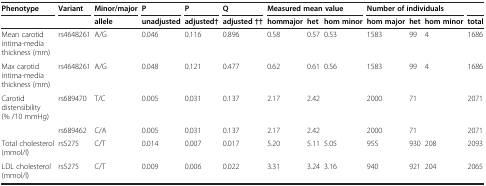
| Phenotype | Variant | Minor/major | P | P | Q | <COLSPAN=3> Measured mean value | <COLSPAN=3> Number of individuals |  |
 |  |  | allele | unadjusted | adjusted† | adjusted †† | hommajor | het | hom minor | hom major | het | hom minor | total |
 | --- | --- | --- | --- | --- | --- | --- | --- | --- | --- | --- | --- | --- |
 | Mean carotid intima-media thickness (mm) | rs4648261 | A/G | 0.046 | 0.116 | 0.896 | 0.58 | 0.57 | 0.53 | 1583 | 99 | 4 | 1686 |
 | Max carotid intima-media thickness (mm) | rs4648261 | A/G | 0.048 | 0.121 | 0.477 | 0.62 | 0.61 | 0.56 | 1583 | 99 | 4 | 1686 |
 | Carotid distensibility (% /10 mmHg) | rs689470 | T/C | 0.005 | 0.031 | 0.137 | 2.17 | 2.42 |  | 2000 | 71 |  | 2071 |
 |  | rs689462 | C/A | 0.005 | 0.031 | 0.137 | 2.17 | 2.42 |  | 2000 | 71 |  | 2071 |
 | Total cholesterol (mmol/l) | rs5275 | C/T | 0.014 | 0.007 | 0.017 | 5.20 | 5.11 | 5.05 | 955 | 930 | 208 | 2093 |
 | LDL cholesterol (mmol/l) | rs5275 | C/T | 0.009 | 0.006 | 0.022 | 3.31 | 3.24 | 3.16 | 940 | 921 | 204 | 2065 |